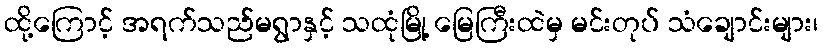
ထို့ကြောင့် အရက်သည်မရွာနှင့် သထုံမြို့ မြေကြီးထဲမှ မင်းတုပ် သံချောင်းများ၊